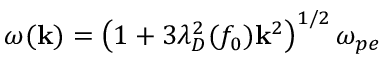
\omega ( \mathbf { k } ) = \left( 1 + 3 \lambda _ { D } ^ { 2 } ( f _ { 0 } ) \mathbf { k } ^ { 2 } \right) ^ { 1 / 2 } \omega _ { p e }